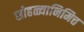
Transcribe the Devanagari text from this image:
सोहळ्यानिमित्त